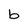
Character: b